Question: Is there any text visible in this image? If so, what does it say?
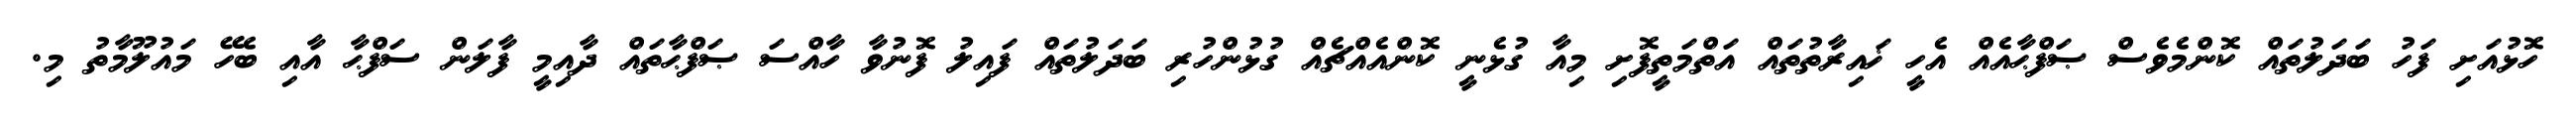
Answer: ހޮޅުއަށި ފަހު ބަދަލުތައް ކޮންމެވެސް ޞަފްޙާއެއް އެހީ ޚައިރާތުތައް އަތްމަތީފޮށި މިއާ ގުޅެނީ ކޮންއެއްޗެއް ގުޅުންހުރި ބަދަލުތައް ފައިލު ފޮނުވާ ހާއްސަ ޞަފްޙާތައް ދާއިމީ ފާލަން ސަފްޙާ އާއި ބެހޭ މައުލޫމާތު މި.